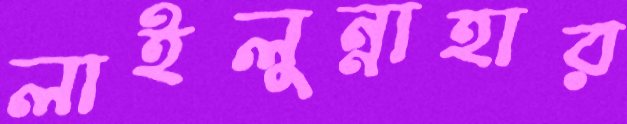
লাইলুন্নাহার